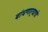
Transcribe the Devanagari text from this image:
बांधणार्‍याचे